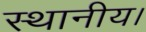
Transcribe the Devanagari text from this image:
स्‍थानीय।